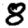
Digit: 8